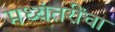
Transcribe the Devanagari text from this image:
मध्यंतरींचा